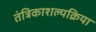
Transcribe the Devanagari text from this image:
तंत्रिकाशल्यक्रिया